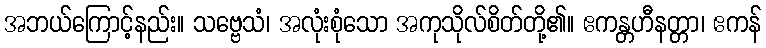
အဘယ်ကြောင့်နည်း။ သဗ္ဗေသံ၊ အလုံးစုံသော အကုသိုလ်စိတ်တို့၏။ ဧကန္တဟီနတ္တာ၊ ဧကန်